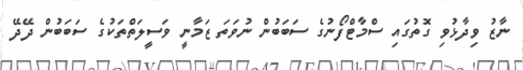
ނާޒު ވިދާޅުވި ގޮތުގައި ސްމާޓްފޯނުގެ ސަބަބުން ނުވަތަ ޒަމާނީ ވަސީލަތްތަކުގެ ސަބަބުން ދޭދޭ